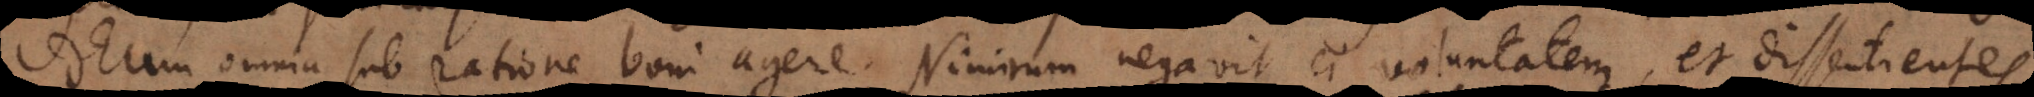
Deum omnia sub ratione boni agere. Nimirum negavit ei voluntatem, et dissentientes